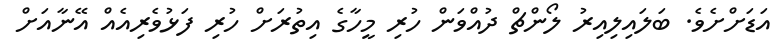
އަޑަށްށެވެ. ބަލައިލިއިރު ލޯންޗް ދުއްވަން ހުރި މީހާގެ އިތުރަށް ހުރި ފަޅުވެރިއެއް އޭނާއަށް